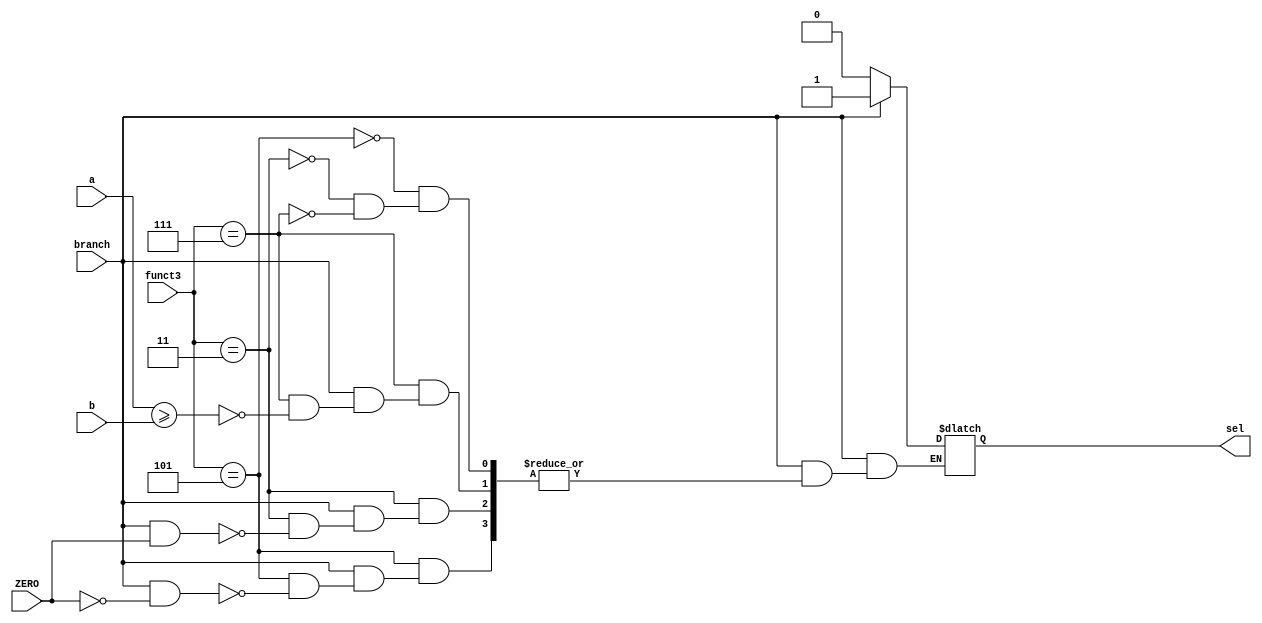
module selector(
    input branch, ZERO,
    input [63:0] a, b,
    input [2:0] funct3,
    output reg sel
);

always@(*)
begin
    if (branch == 1) 
        begin
            case(funct3)
            3'b101: //bne
            begin
                if(branch == 1 & ZERO == 0)
                    sel = 1;
            end
            3'b011: //beq
            begin
                if(branch == 1 & ZERO == 1)
                    sel = 1;
            end
            3'b111: //bge
            begin
                if (a >= b)
                    sel = 1;
            end
          endcase
        end
    else
        sel <= 0;
end
endmodule